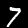
Digit: 7